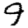
Digit: 9